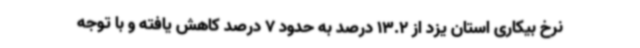
نرخ بیکاری استان یزد از 13.2 درصد به حدود 7 درصد کاهش یافته و با توجه